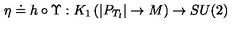
\eta \doteq h \circ \Upsilon : K _ { 1 } \left( | P _ { T _ { l } } | \rightarrow { M } \right) \rightarrow S U ( 2 )